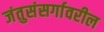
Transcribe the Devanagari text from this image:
जंतुसंसर्गावरील